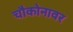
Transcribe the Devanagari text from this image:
चौकोनावर